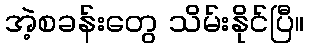
အဲ့စခန်းတွေ သိမ်းနိုင်ပြီ။